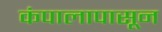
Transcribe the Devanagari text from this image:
कंपालापासून